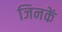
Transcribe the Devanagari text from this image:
जिनकें